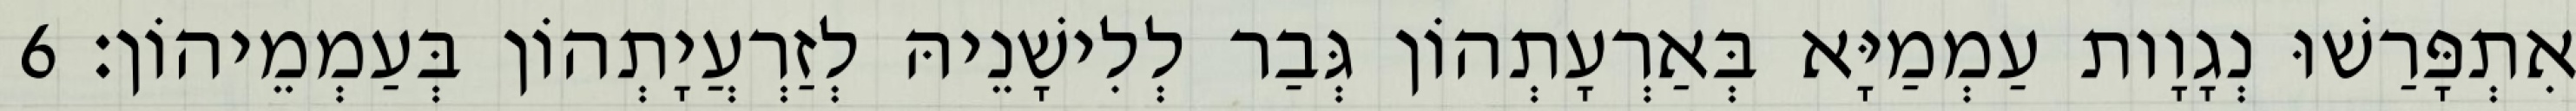
אִתְפָּרַשׁוּ נְגָוָות עַמְמַיָּא בְּאַרְעָתְהוֹן גְּבַר לְלִישָׁנֵיהּ לְזַרְעֲיָתְהוֹן בְּעַמְמֵיהוֹן׃ 6